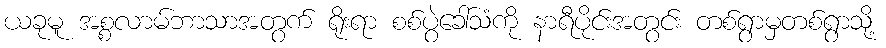
ယခုမူ အစ္စလာမ်ဘာသာအတွက် ရိုးရာ စစ်ပွဲခေါ်သံကို နာရီပိုင်းအတွင်း တစ်ရွာမှတစ်ရွာသို့